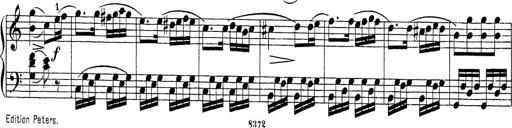
Title: Sonatina Album
Composer: Louis KÃ¶hler